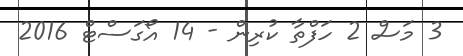
3 މަސް 2 ހަފްތާ ކުރިން - 14 އޯގަސްޓް 2016